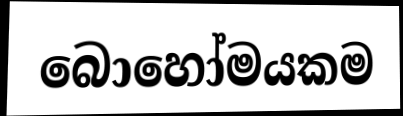
බොහෝමයකම